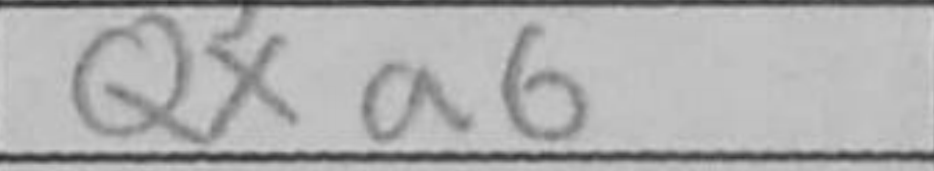
Transcription: Qxa6